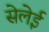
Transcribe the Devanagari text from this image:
सेलेई